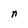
Character: n